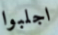
اجلبوا